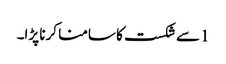
1 سے شکست کا سامنا کرنا پڑا۔